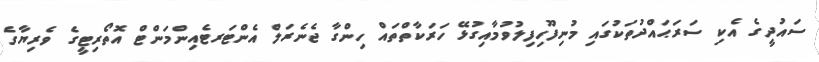
ސައުދީގެ އެކި ސަރަޙައްދުތަކުގައި މުނިފޫހިފިލުވުމާއިގުޅޭ ހަރަކާތްތައް ހިންގާ ޖެނެރަލް އެންޓަރޓެއިންމަންޓް އޮތޯރިޓީގެ ވެރިޔާގެ